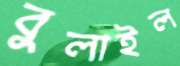
বুলাইল